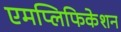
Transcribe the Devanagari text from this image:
एमप्लिफिकेशन